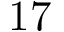
1 7